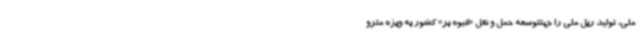
ملی، تولید ریل ملی را جهتتوسعه حمل و نقل «انبوه بر» کشور به ویژه مترو